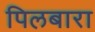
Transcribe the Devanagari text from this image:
पिलबारा